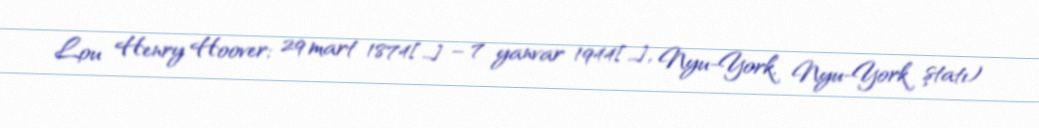
Lou Henry Hoover; 29 mart 1874[…] – 7 yanvar 1944[…], Nyu-York, Nyu-York ştatı)